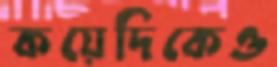
কয়েদিকেও